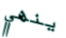
ينهي